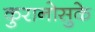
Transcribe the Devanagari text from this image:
कुरानोसुके